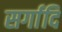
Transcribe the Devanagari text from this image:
सर्गादि